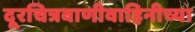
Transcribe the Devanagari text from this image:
दूरचित्रवाणीवाहिनीच्या